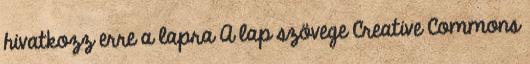
hivatkozz erre a lapra A lap szövege Creative Commons